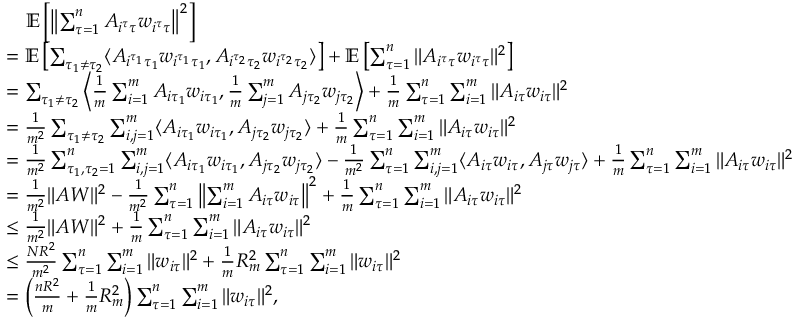
\begin{array} { r l } & { \quad \mathbb { E } \left[ \left\| \sum _ { \tau = 1 } ^ { n } A _ { i ^ { \tau } \tau } w _ { i ^ { \tau } \tau } \right\| ^ { 2 } \right] } \\ & { = \mathbb { E } \left[ \sum _ { \tau _ { 1 } \neq \tau _ { 2 } } \langle A _ { i ^ { \tau _ { 1 } } \tau _ { 1 } } w _ { i ^ { \tau _ { 1 } } \tau _ { 1 } } , A _ { i ^ { \tau _ { 2 } } \tau _ { 2 } } w _ { i ^ { \tau _ { 2 } } \tau _ { 2 } } \rangle \right] + \mathbb { E } \left[ \sum _ { \tau = 1 } ^ { n } \| A _ { i ^ { \tau } \tau } w _ { i ^ { \tau } \tau } \| ^ { 2 } \right] } \\ & { = \sum _ { \tau _ { 1 } \neq \tau _ { 2 } } \left\langle \frac { 1 } { m } \sum _ { i = 1 } ^ { m } A _ { i \tau _ { 1 } } w _ { i \tau _ { 1 } } , \frac { 1 } { m } \sum _ { j = 1 } ^ { m } A _ { j \tau _ { 2 } } w _ { j \tau _ { 2 } } \right\rangle + \frac { 1 } { m } \sum _ { \tau = 1 } ^ { n } \sum _ { i = 1 } ^ { m } \| A _ { i \tau } w _ { i \tau } \| ^ { 2 } } \\ & { = \frac { 1 } { m ^ { 2 } } \sum _ { \tau _ { 1 } \neq \tau _ { 2 } } \sum _ { i , j = 1 } ^ { m } \langle A _ { i \tau _ { 1 } } w _ { i \tau _ { 1 } } , A _ { j \tau _ { 2 } } w _ { j \tau _ { 2 } } \rangle + \frac { 1 } { m } \sum _ { \tau = 1 } ^ { n } \sum _ { i = 1 } ^ { m } \| A _ { i \tau } w _ { i \tau } \| ^ { 2 } } \\ & { = \frac { 1 } { m ^ { 2 } } \sum _ { \tau _ { 1 } , \tau _ { 2 } = 1 } ^ { n } \sum _ { i , j = 1 } ^ { m } \langle A _ { i \tau _ { 1 } } w _ { i \tau _ { 1 } } , A _ { j \tau _ { 2 } } w _ { j \tau _ { 2 } } \rangle - \frac { 1 } { m ^ { 2 } } \sum _ { \tau = 1 } ^ { n } \sum _ { i , j = 1 } ^ { m } \langle A _ { i \tau } w _ { i \tau } , A _ { j \tau } w _ { j \tau } \rangle + \frac { 1 } { m } \sum _ { \tau = 1 } ^ { n } \sum _ { i = 1 } ^ { m } \| A _ { i \tau } w _ { i \tau } \| ^ { 2 } } \\ & { = \frac { 1 } { m ^ { 2 } } \| A W \| ^ { 2 } - \frac { 1 } { m ^ { 2 } } \sum _ { \tau = 1 } ^ { n } \left\| \sum _ { i = 1 } ^ { m } A _ { i \tau } w _ { i \tau } \right\| ^ { 2 } + \frac { 1 } { m } \sum _ { \tau = 1 } ^ { n } \sum _ { i = 1 } ^ { m } \| A _ { i \tau } w _ { i \tau } \| ^ { 2 } } \\ & { \leq \frac { 1 } { m ^ { 2 } } \| A W \| ^ { 2 } + \frac { 1 } { m } \sum _ { \tau = 1 } ^ { n } \sum _ { i = 1 } ^ { m } \| A _ { i \tau } w _ { i \tau } \| ^ { 2 } } \\ & { \leq \frac { N R ^ { 2 } } { m ^ { 2 } } \sum _ { \tau = 1 } ^ { n } \sum _ { i = 1 } ^ { m } \| w _ { i \tau } \| ^ { 2 } + \frac { 1 } { m } R _ { m } ^ { 2 } \sum _ { \tau = 1 } ^ { n } \sum _ { i = 1 } ^ { m } \| w _ { i \tau } \| ^ { 2 } } \\ & { = \left( \frac { n R ^ { 2 } } { m } + \frac { 1 } { m } R _ { m } ^ { 2 } \right) \sum _ { \tau = 1 } ^ { n } \sum _ { i = 1 } ^ { m } \| w _ { i \tau } \| ^ { 2 } , } \end{array}